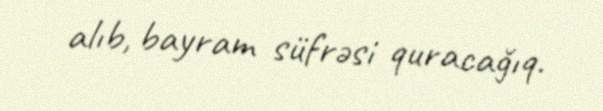
alıb, bayram süfrəsi quracağıq.